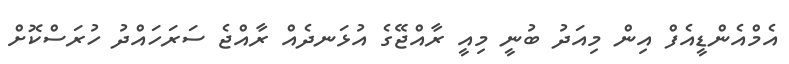
އެމްއެންޑީއެފް އިން މިއަދު ބުނީ މިއީ ރާއްޖޭގެ އުޅަނދެއް ރާއްޖެ ސަރަހައްދު ހުރަސްކޮށް